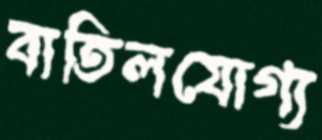
বাতিলযোগ্য